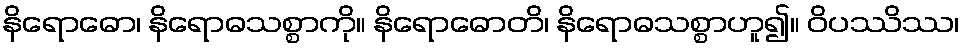
နိရောဓော၊ နိရောဓသစ္စာကို။ နိရောဓောတိ၊ နိရောဓသစ္စာဟူ၍။ ဝိပဿိဿ၊